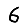
Digit: 6